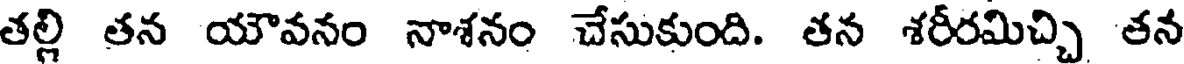
తల్లి తన యౌవనం నాశనం చేసుకుంది. తన శరీరమిచ్చి తన